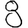
Digit: 8